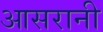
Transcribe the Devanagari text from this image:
आसरानी